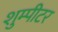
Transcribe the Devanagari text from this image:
शुम्पीटर